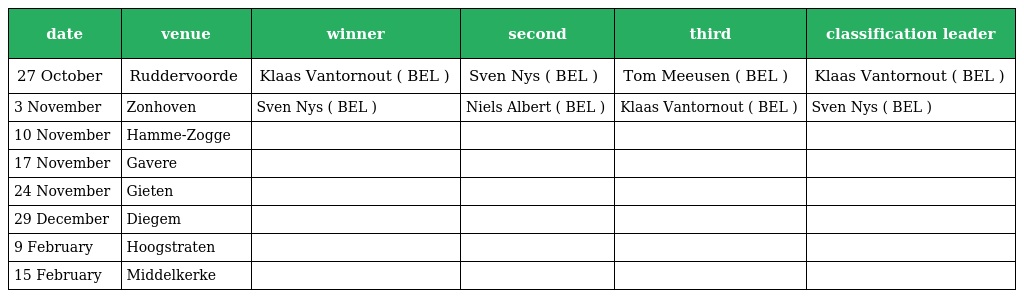
| date | venue | winner | second | third | classification leader |
 | --- | --- | --- | --- | --- | --- |
 | 27 October | Ruddervoorde | Klaas Vantornout ( BEL ) | Sven Nys ( BEL ) | Tom Meeusen ( BEL ) | Klaas Vantornout ( BEL ) |
 | 3 November | Zonhoven | Sven Nys ( BEL ) | Niels Albert ( BEL ) | Klaas Vantornout ( BEL ) | Sven Nys ( BEL ) |
 | 10 November | Hamme-Zogge |  |  |  |  |
 | 17 November | Gavere |  |  |  |  |
 | 24 November | Gieten |  |  |  |  |
 | 29 December | Diegem |  |  |  |  |
 | 9 February | Hoogstraten |  |  |  |  |
 | 15 February | Middelkerke |  |  |  |  |